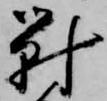
対